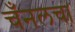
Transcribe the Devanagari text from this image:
चँनलचा